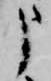
申